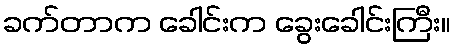
ခက်တာက ခေါင်းက ခွေးခေါင်းကြီး။